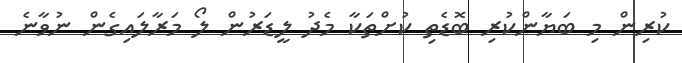
ކުރިން މި ބަޔާންކުރި ބޮޑެތި ކުށްތަކާ މެދު ލީޑަރުން ލޯ މަރާލައިގެން ނުވާނެ